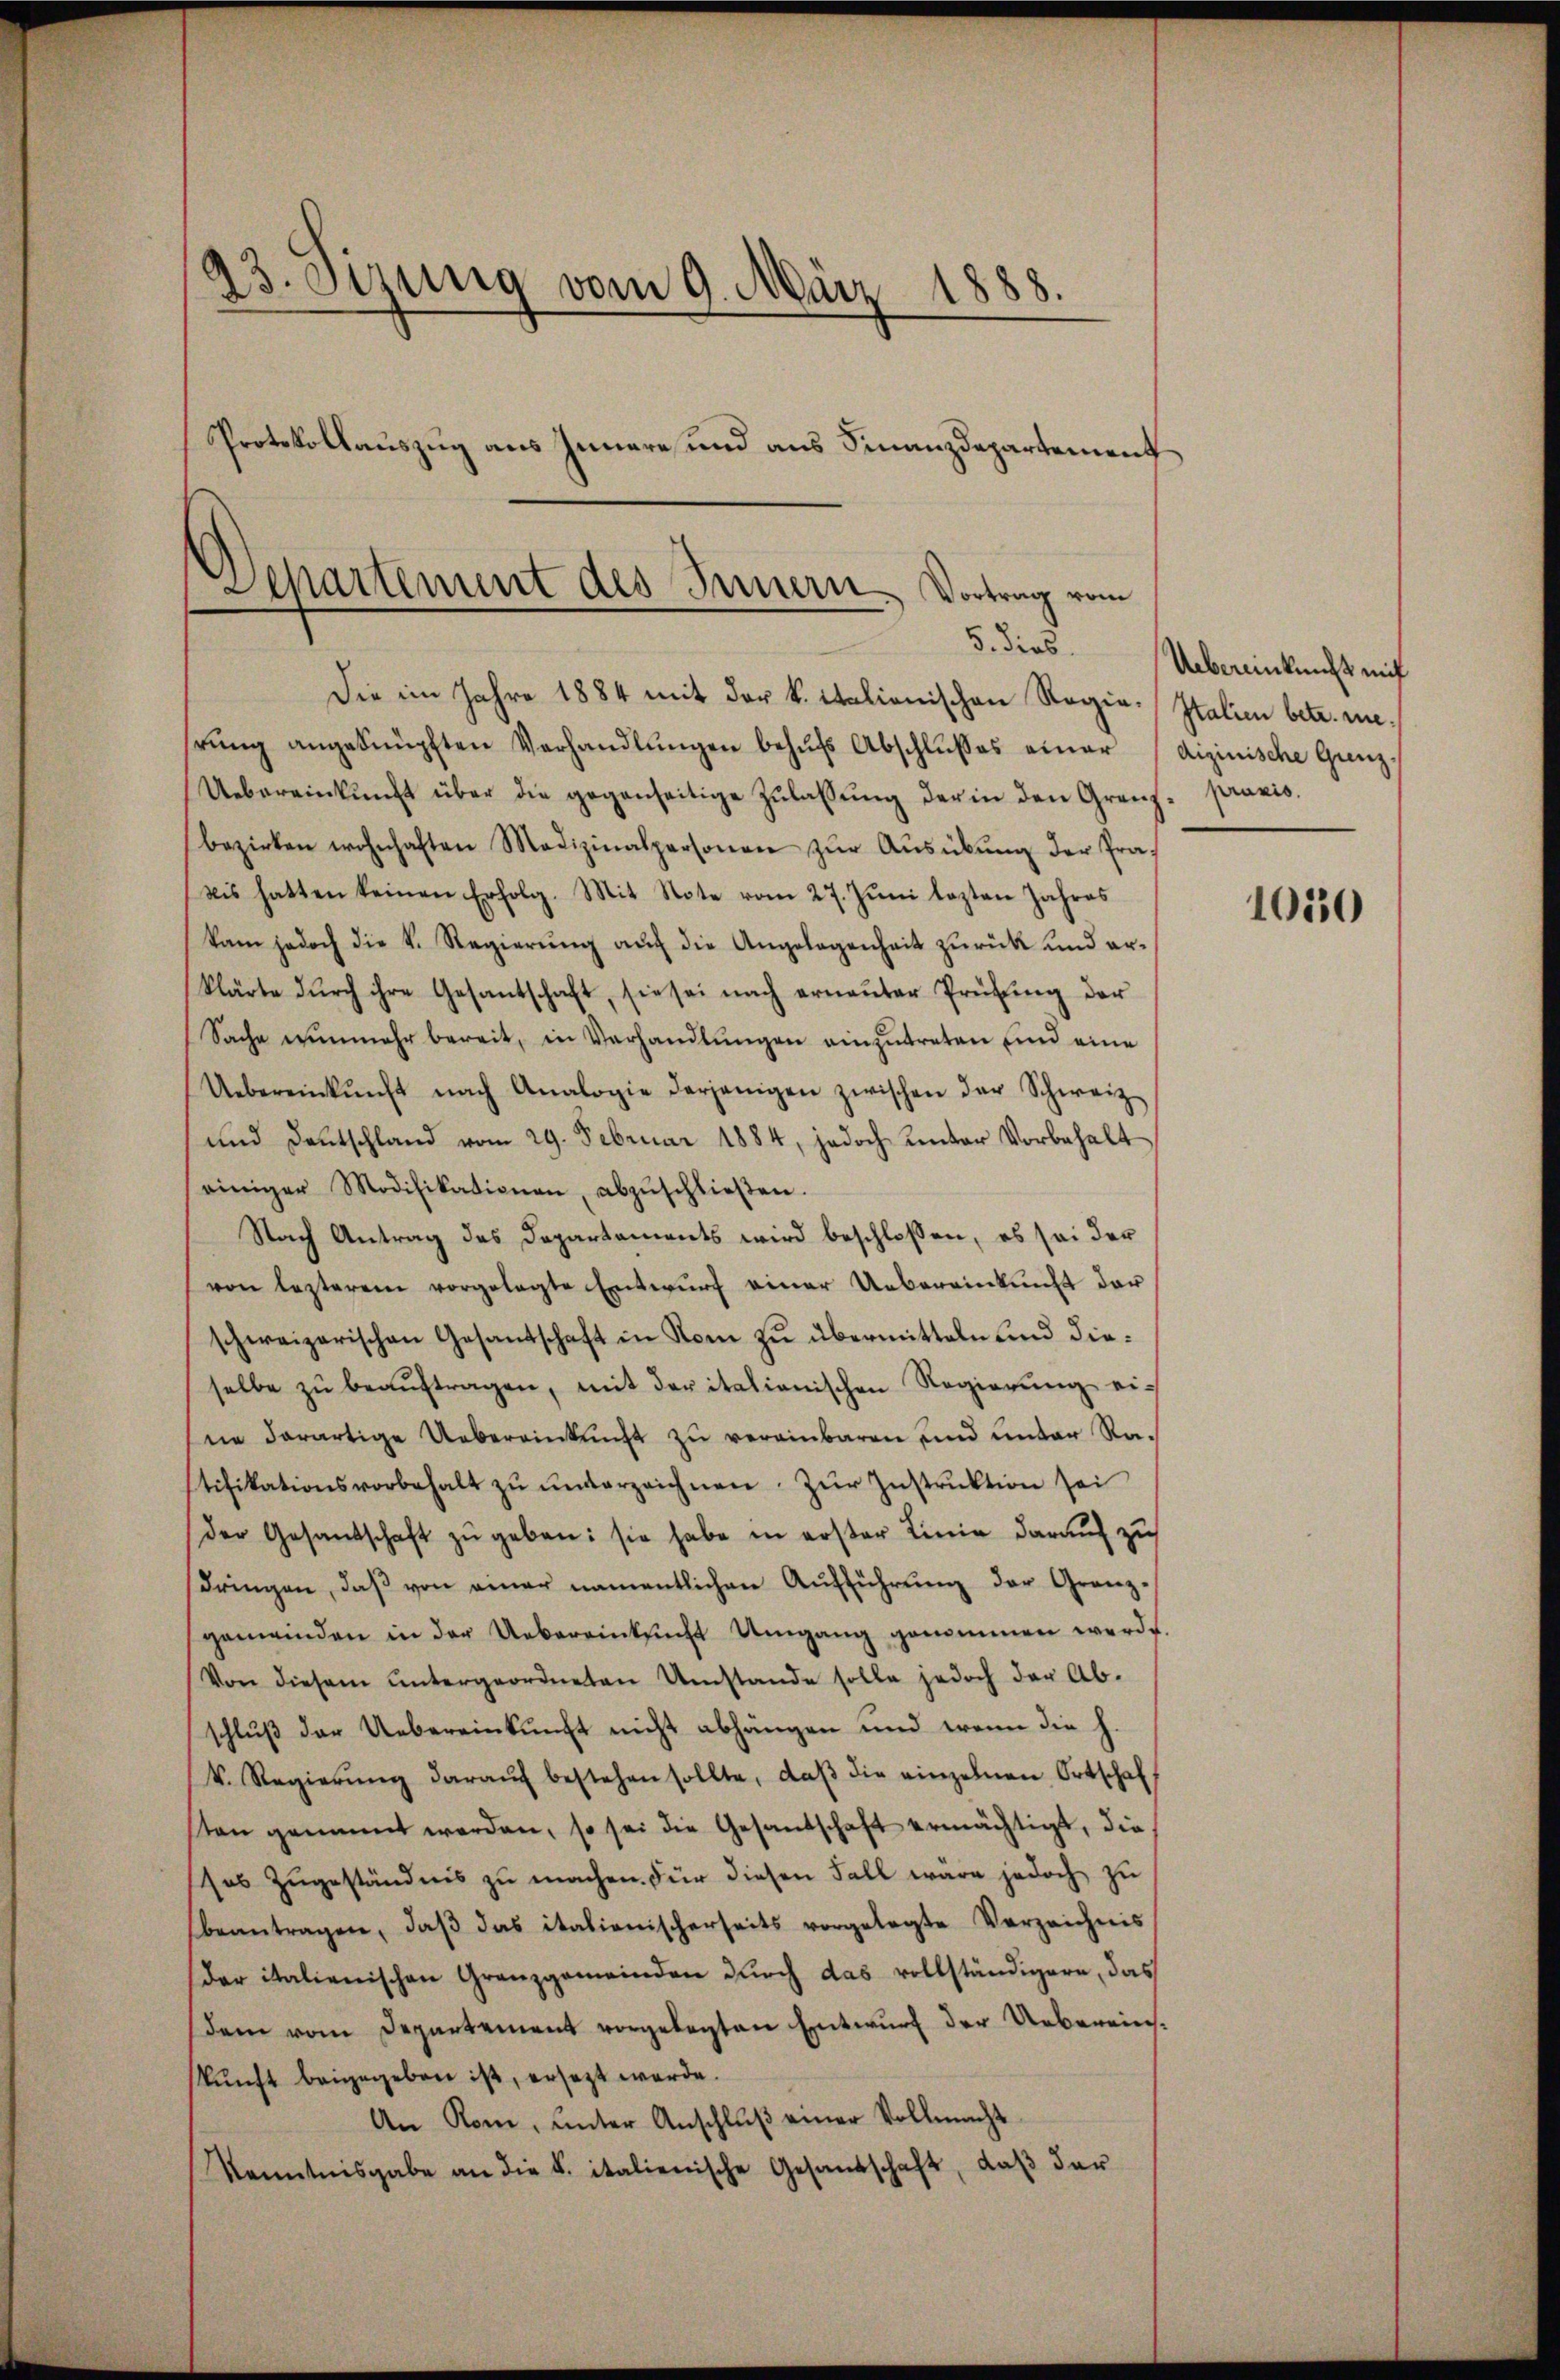
23. Sizung vom 9. März 1888.
Protokollauszug aus Innere und aus Finanzdepartement
Departement des Innern. Vortrag vom
5. dies

Die im Jahre 1884 mit der k. italionischen Regie-Italien betr. merŭng angeknüpften Verhandlŭngen behŭfs Abschlußes einer (dizinische Gunz
Uebereinkunft über die gegenseitige Zŭlassŭng der in den Grenz
bezirken wohnhaften Medizinalpersonen zŭr Aŭsübŭng der Prä-
bis hatten keinen Erfolg. Mit Note vom 27. Juni lezten Jahres
kam jedoch die k. Regierŭng aŭf die Angelegenheit zurück und erklärte durch ihre Gesantschaft, sie sei nach erneuter Prüfung der
Sache nunmehr bereit, in Verhandlŭngen einzutreten und eine
Uebereinkunft nach Analogie derjenigen zwischen der Schweiz
und Deutschland vom 29. Februar 1884, jedoch unter Vorbehalt
einiger Modifikationen, abzŭschlieβen.
Nach Antrag des Departements wird beschlossen, es sei der
von lezterem vorgelegte Entwurf einer Uebereinkunft der
schweizerischen Gesantschaft in Rom zu übermitteln und dieselbe zŭ beaŭftragen, mit der italienischen Regierŭng ei-
nie derartige Uebereinkunft zu vereinbaren und unter Ratifikationsvorbehalt zŭ ŭnterzeichnen. Zŭr Instrŭktion sei
der Gesandschaft zŭ geben: sie habe in erster Linie darauf zu
dringen, daβ von einer namentlichen Aŭfführŭng der Granz-
gemeinden in der Uebereinksŭcht Umgang genommen werde.
Von diesem ŭntergeordneten Umstande solle jedoch der Ab-
schluß der Uebereinkunft nicht abhängen und wenn die h
k. Regierŭng daraŭf bestehen sollte, daβ die einzelnen Ortschaft
sten genannt werden, so sei die Gesandschaft ermächtigt, die
sos Zŭgeständnis zŭ machen. Für diesen Fall wäre jedoch zŭ
beantragen, daβ das italienischerseits vorgelegte Verzeichnis
der italienischen Granzgemeinden durch das vollständigern, das
dem vom Departement vorgelegten Entwurf der Uebereinskŭnft beigegeben ist, ersetzt werde.
An Rom, ŭnter Anschlŭβ einer Vollmacht
Kenntnisgabe an die K. italienische Gesandschaft, daβ der

Uebereinkunft mit
praxis.

1050